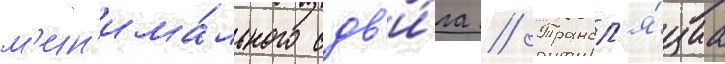
м'ин'има́льного сдв'и́га // Трансл'я́циа